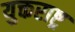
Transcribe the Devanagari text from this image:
युक्तराष्ट्र